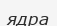
ядра